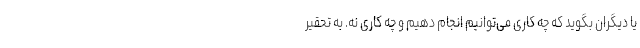
یا دیگران بگوید که چه کاری می‌توانیم انجام دهیم و چه کاری نه. به تحقیر